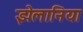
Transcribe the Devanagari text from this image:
झेलानिया